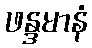
ဖန္ဒမာနံ